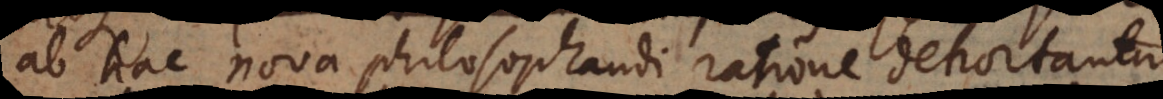
ab hac nova philosophandi ratione dehortantur,